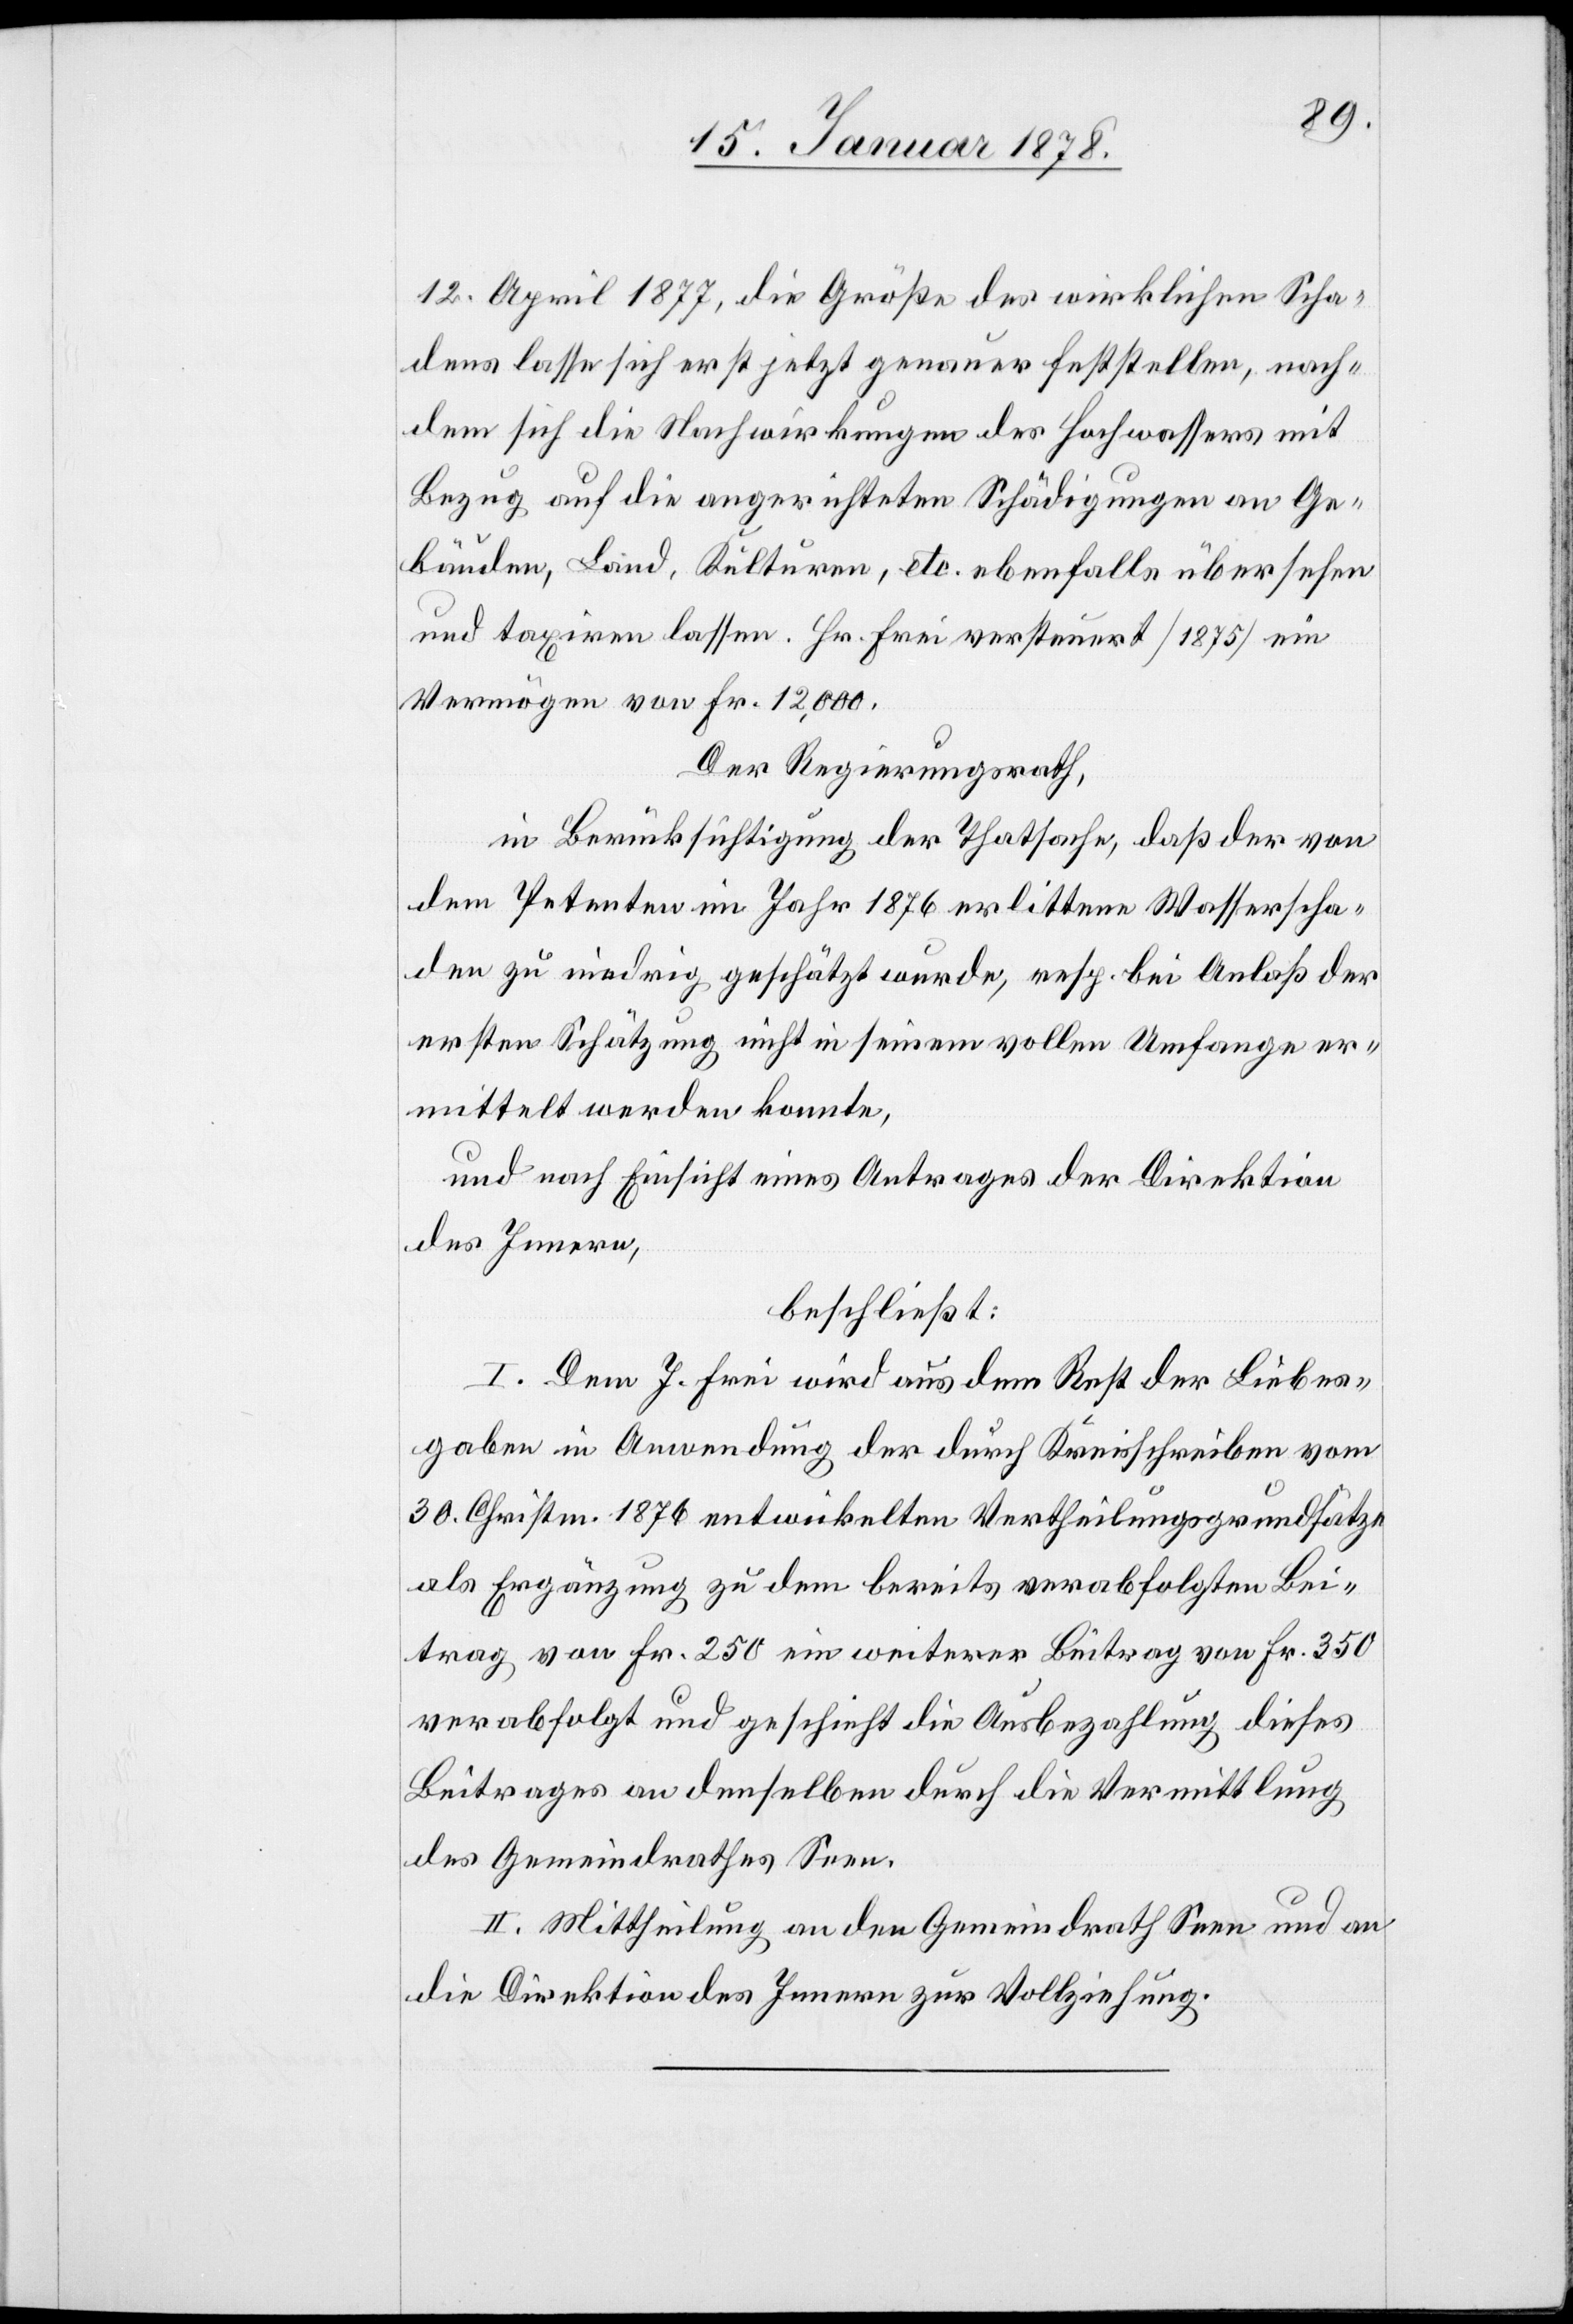
12. April 1877, die Größe des wirklichen Scha¬
dens lasse sich erst jetzt genauer feststellen, nach¬
dem sich die Nachwirkungen des Hochwassers mit
Bezug auf die angerichteten Schädigungen an Ge¬
bäuden, Land, Kulturen, etc. ebenfalls übersehen
und taxiren lassen. Hr. Frei versteuert (1875) ein
Vermögen von Fr. 12,000.
Der Regierungsrath,
in Berücksichtigung der Thatsache, daß der von
dem Petenten im Jahr 1876 erlittene Wasserscha¬
den zu niedrig geschätzt wurde, resp. bei Anlaß der
ersten Schätzung nicht in seinem vollen Umfange er¬
mittelt werden konnte,
und nach Einsicht eines Antrages der Direktion
des Innern,
beschließt:
I. Dem J. Frei wird aus dem Rest der Liebes¬
gaben in Anwendung der durch Kreisschreiben vom
30. Christm. 1876 entwickelten Vertheilungsgrundsätze[n]
als Ergänzung zu dem bereits verabfolgten Bei¬
trag von Fr. 250 ein weiterer Betrag von Fr. 350
verabfolgt und geschieht die Ausbezahlung dieses
Beitrages an denselben durch die Vermittlung
des Gemeindrathes Seen.
II. Mittheilung an den Gemeindrath Seen und an
die Direktion des Innern zur Vollziehung.